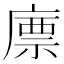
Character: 𢊣